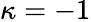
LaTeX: \kappa=-1